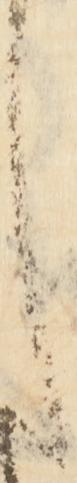
し